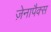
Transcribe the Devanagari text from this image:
ज़ेनापैक्स